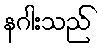
နဂါးသည်